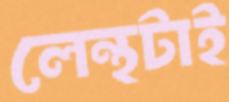
লেন্থটাই